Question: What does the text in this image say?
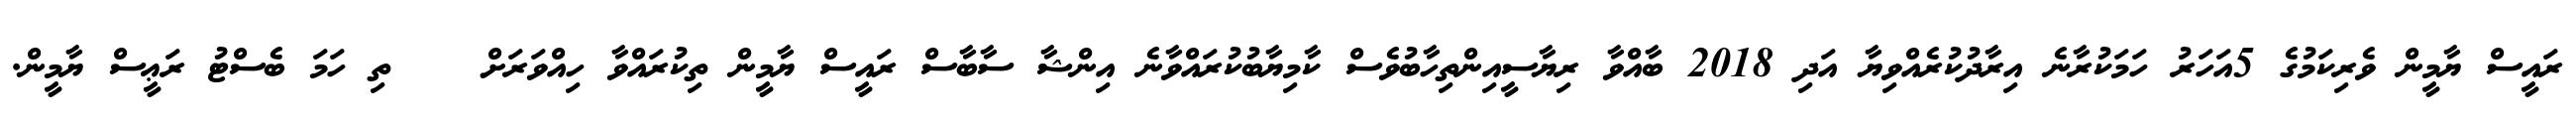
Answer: ރައީސް ޔާމީން ވެރިކަމުގެ 5އަހަރު ހަމަކުރާނެ އިރާދުކުރެއްވިޔާ އަދި 2018 ބާއްވާ ރިޔާސީއިންތިހާބުވެސް ކާމިޔާބުކުރައްވާނެ އިންޝާ ސާބާސް ރައީސް ޔާމީން ތިކުރައްވާ ހިއްވަރަށް ????ތި ހަމަ ބެސްޓު ރަޢީސް ޔާމީން.